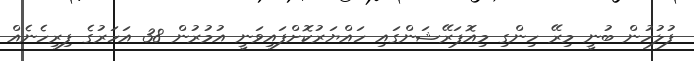
ފުލުހުން ބުނީ މިރޭ ހިންގި މިއޮޕަރޭޝަންގައި ހައްޔަރުކޮށްފައިވަނީ އުމުރުން 38 އަހަރުގެ ފިރިހެނެއް